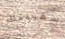
سفينتك